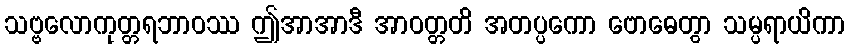
သဗ္ဗလောကုတ္တရဘာဝဿ ဤအာအာဒီ အာဝတ္တတိ အတပ္ပကော ဗောဓေတွာ သမ္ပရာယိကာ